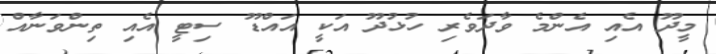
މީދޫ އެއި އެންމެ ވާދަވެރި ހުޅުދޫ އަކީ އައްޑޫ ސިޓީ އެއި ތިންވަނާއް